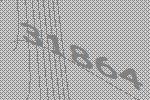
31864